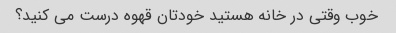
خوب وقتی در خانه هستید خودتان قهوه درست می کنید؟